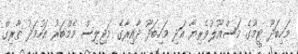
މަހިބަދޫ ޓީމުގެ މަސްއޫލުވެރިޔާ އަދި މަހިބަދޫ ދާއިރާގެ މަޖިލިސް މެމްބަރު އަހުމަދު ތާރިގް